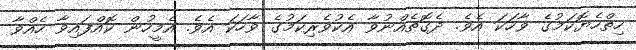
ހިތްހެޔޮކަމުގެ ވާހަކަ އެވެ. ދެގޮތެއްނުވާ އެކުވެރިކަމުގެ ވާހަކަ އެވެ. އެމީހުން ކޮއްފައިވާ ހެއްވާ